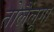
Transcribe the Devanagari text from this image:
तोलैंलूगा